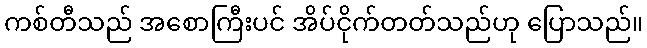
ကစ်တီသည် အစောကြီးပင် အိပ်ငိုက်တတ်သည်ဟု ပြောသည်။